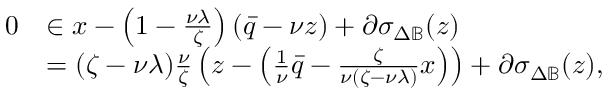
\begin{array} { r l } { 0 } & { \in x - \left( 1 - \frac { \nu \lambda } { \zeta } \right) ( \bar { q } - \nu z ) + \partial \sigma _ { \Delta \mathbb { B } } ( z ) } \\ & { = ( \zeta - \nu \lambda ) \frac { \nu } { \zeta } \left( z - \left( \frac { 1 } { \nu } \bar { q } - \frac { \zeta } { \nu ( \zeta - \nu \lambda ) } x \right) \right) + \partial \sigma _ { \Delta \mathbb { B } } ( z ) , } \end{array}